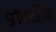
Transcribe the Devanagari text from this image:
प्रॉपर्टीचे